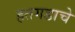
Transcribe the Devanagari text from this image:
हतगडाचे